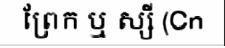
ព្រែក ឬ ស្សី (Cn